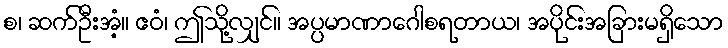
စ၊ ဆက်ဦးအံ့။ ဧဝံ၊ ဤသို့လျှင်။ အပ္ပမာဏာဂေါစရတာယ၊ အပိုင်းအခြားမရှိသော